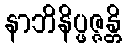
နာဘိနိပ္ဖဇ္ဇန္တိ